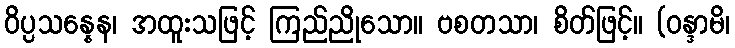
ဝိပ္ပသန္နေန၊ အထူးသဖြင့် ကြည်ညိုသော။ ဗစတသာ၊ စိတ်ဖြင့်။ (ဝန္ဒာမိ၊